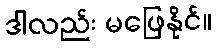
ဒါလည်း မဖြေနိုင်။